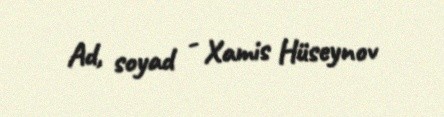
Ad, soyad - Xamis Hüseynov